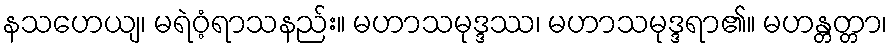
နသဟေယျ၊ မရဲဝံ့ရာသနည်း။ မဟာသမုဒ္ဒဿ၊ မဟာသမုဒ္ဒရာ၏။ မဟန္တတ္တာ၊